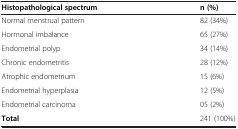
<table><thead><tr><td><b>Histopathological spectrum</b></td><td><b>n (%)</b></td></tr></thead><tbody><tr><td>Normal menstrual pattern</td><td>82 (34%)</td></tr><tr><td>Hormonal imbalance</td><td>65 (27%)</td></tr><tr><td>Endometrial polyp</td><td>34 (14%)</td></tr><tr><td>Chronic endometritis</td><td>28 (12%)</td></tr><tr><td>Atrophic endometrium</td><td>15 (6%)</td></tr><tr><td>Endometrial hyperplasia</td><td>12 (5%)</td></tr><tr><td>Endometrial carcinoma</td><td>05 (2%)</td></tr><tr><td><b>Total</b></td><td>241 (100%)</td></tr></tbody></table>